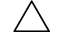
\triangle